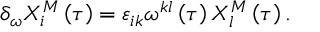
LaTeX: \delta _ { \omega } X _ { i } ^ { M } \left( \tau \right) = \varepsilon _ { i k } \omega ^ { k l } \left( \tau \right) X _ { l } ^ { M } \left( \tau \right) .